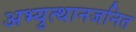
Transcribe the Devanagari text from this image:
अभ्युत्थानजनित